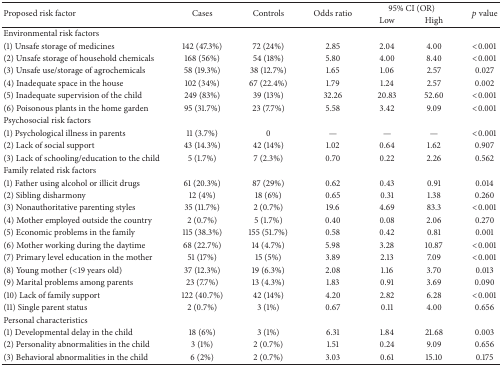
<table><thead><tr><td rowspan="2"><b>Proposed risk factor</b></td><td rowspan="2"><b>Cases</b></td><td rowspan="2"><b>Controls</b></td><td rowspan="2"><b>Odds ratio</b></td><td colspan="2"><b>95% CI (OR)</b></td><td rowspan="2"><b><i>p</i> value</b></td></tr><tr><td><b>Low</b></td><td><b>High</b></td></tr></thead><tbody><tr><td>Environmental risk factors</td><td> </td><td> </td><td> </td><td> </td><td> </td><td> </td></tr><tr><td>(1) Unsafe storage of medicines</td><td>142 (47.3%)</td><td>72 (24%)</td><td>2.85</td><td>2.04</td><td>4.00</td><td>&lt;0.001</td></tr><tr><td>(2) Unsafe storage of household chemicals</td><td>168 (56%)</td><td>54 (18%)</td><td>5.80</td><td>4.00</td><td>8.40</td><td>&lt;0.001</td></tr><tr><td>(3) Unsafe use/storage of agrochemicals</td><td>58 (19.3%)</td><td>38 (12.7%)</td><td>1.65</td><td>1.06</td><td>2.57</td><td>0.027</td></tr><tr><td>(4) Inadequate space in the house</td><td>102 (34%)</td><td>67 (22.4%)</td><td>1.79</td><td>1.24</td><td>2.57</td><td>0.002</td></tr><tr><td>(5) Inadequate supervision of the child</td><td>249 (83%)</td><td>39 (13%)</td><td>32.26</td><td>20.83</td><td>52.60</td><td>&lt;0.001</td></tr><tr><td>(6) Poisonous plants in the home garden</td><td>95 (31.7%)</td><td>23 (7.7%)</td><td>5.58</td><td>3.42</td><td>9.09</td><td>&lt;0.001</td></tr><tr><td>Psychosocial risk factors</td><td> </td><td> </td><td> </td><td> </td><td> </td><td> </td></tr><tr><td>(1) Psychological illness in parents</td><td>11 (3.7%)</td><td>0</td><td>—</td><td>—</td><td>—</td><td>&lt;0.001</td></tr><tr><td>(2) Lack of social support</td><td>43 (14.3%)</td><td>42 (14%)</td><td>1.02</td><td>0.64</td><td>1.62</td><td>0.907</td></tr><tr><td>(3) Lack of schooling/education to the child</td><td>5 (1.7%)</td><td>7 (2.3%)</td><td>0.70</td><td>0.22</td><td>2.26</td><td>0.562</td></tr><tr><td>Family related risk factors</td><td> </td><td> </td><td> </td><td> </td><td> </td><td> </td></tr><tr><td>(1) Father using alcohol or illicit drugs</td><td>61 (20.3%)</td><td>87 (29%)</td><td>0.62</td><td>0.43</td><td>0.91</td><td>0.014</td></tr><tr><td>(2) Sibling disharmony</td><td>12 (4%)</td><td>18 (6%)</td><td>0.65</td><td>0.31</td><td>1.38</td><td>0.260</td></tr><tr><td>(3) Nonauthoritative parenting styles</td><td>35 (11.7%)</td><td>2 (0.7%)</td><td>19.6</td><td>4.69</td><td>83.3</td><td>&lt;0.001</td></tr><tr><td>(4) Mother employed outside the country</td><td>2 (0.7%)</td><td>5 (1.7%)</td><td>0.40</td><td>0.08</td><td>2.06</td><td>0.270</td></tr><tr><td>(5) Economic problems in the family</td><td>115 (38.3%)</td><td>155 (51.7%)</td><td>0.58</td><td>0.42</td><td>0.81</td><td>0.001</td></tr><tr><td>(6) Mother working during the daytime</td><td>68 (22.7%)</td><td>14 (4.7%)</td><td>5.98</td><td>3.28</td><td>10.87</td><td>&lt;0.001</td></tr><tr><td>(7) Primary level education in the mother</td><td>51 (17%)</td><td>15 (5%)</td><td>3.89</td><td>2.13</td><td>7.09</td><td>&lt;0.001</td></tr><tr><td>(8) Young mother (&lt;19 years old)</td><td>37 (12.3%)</td><td>19 (6.3%)</td><td>2.08</td><td>1.16</td><td>3.70</td><td>0.013</td></tr><tr><td>(9) Marital problems among parents</td><td>23 (7.7%)</td><td>13 (4.3%)</td><td>1.83</td><td>0.91</td><td>3.69</td><td>0.090</td></tr><tr><td>(10) Lack of family support</td><td>122 (40.7%)</td><td>42 (14%)</td><td>4.20</td><td>2.82</td><td>6.28</td><td>&lt;0.001</td></tr><tr><td>(11) Single parent status</td><td>2 (0.7%)</td><td>3 (1%)</td><td>0.67</td><td>0.11</td><td>4.00</td><td>0.656</td></tr><tr><td>Personal characteristics</td><td> </td><td> </td><td> </td><td> </td><td> </td><td> </td></tr><tr><td>(1) Developmental delay in the child</td><td>18 (6%)</td><td>3 (1%)</td><td>6.31</td><td>1.84</td><td>21.68</td><td>0.003</td></tr><tr><td>(2) Personality abnormalities in the child</td><td>3 (1%)</td><td>2 (0.7%)</td><td>1.51</td><td>0.24</td><td>9.09</td><td>0.656</td></tr><tr><td>(3) Behavioral abnormalities in the child</td><td>6 (2%)</td><td>2 (0.7%)</td><td>3.03</td><td>0.61</td><td>15.10</td><td>0.175</td></tr></tbody></table>